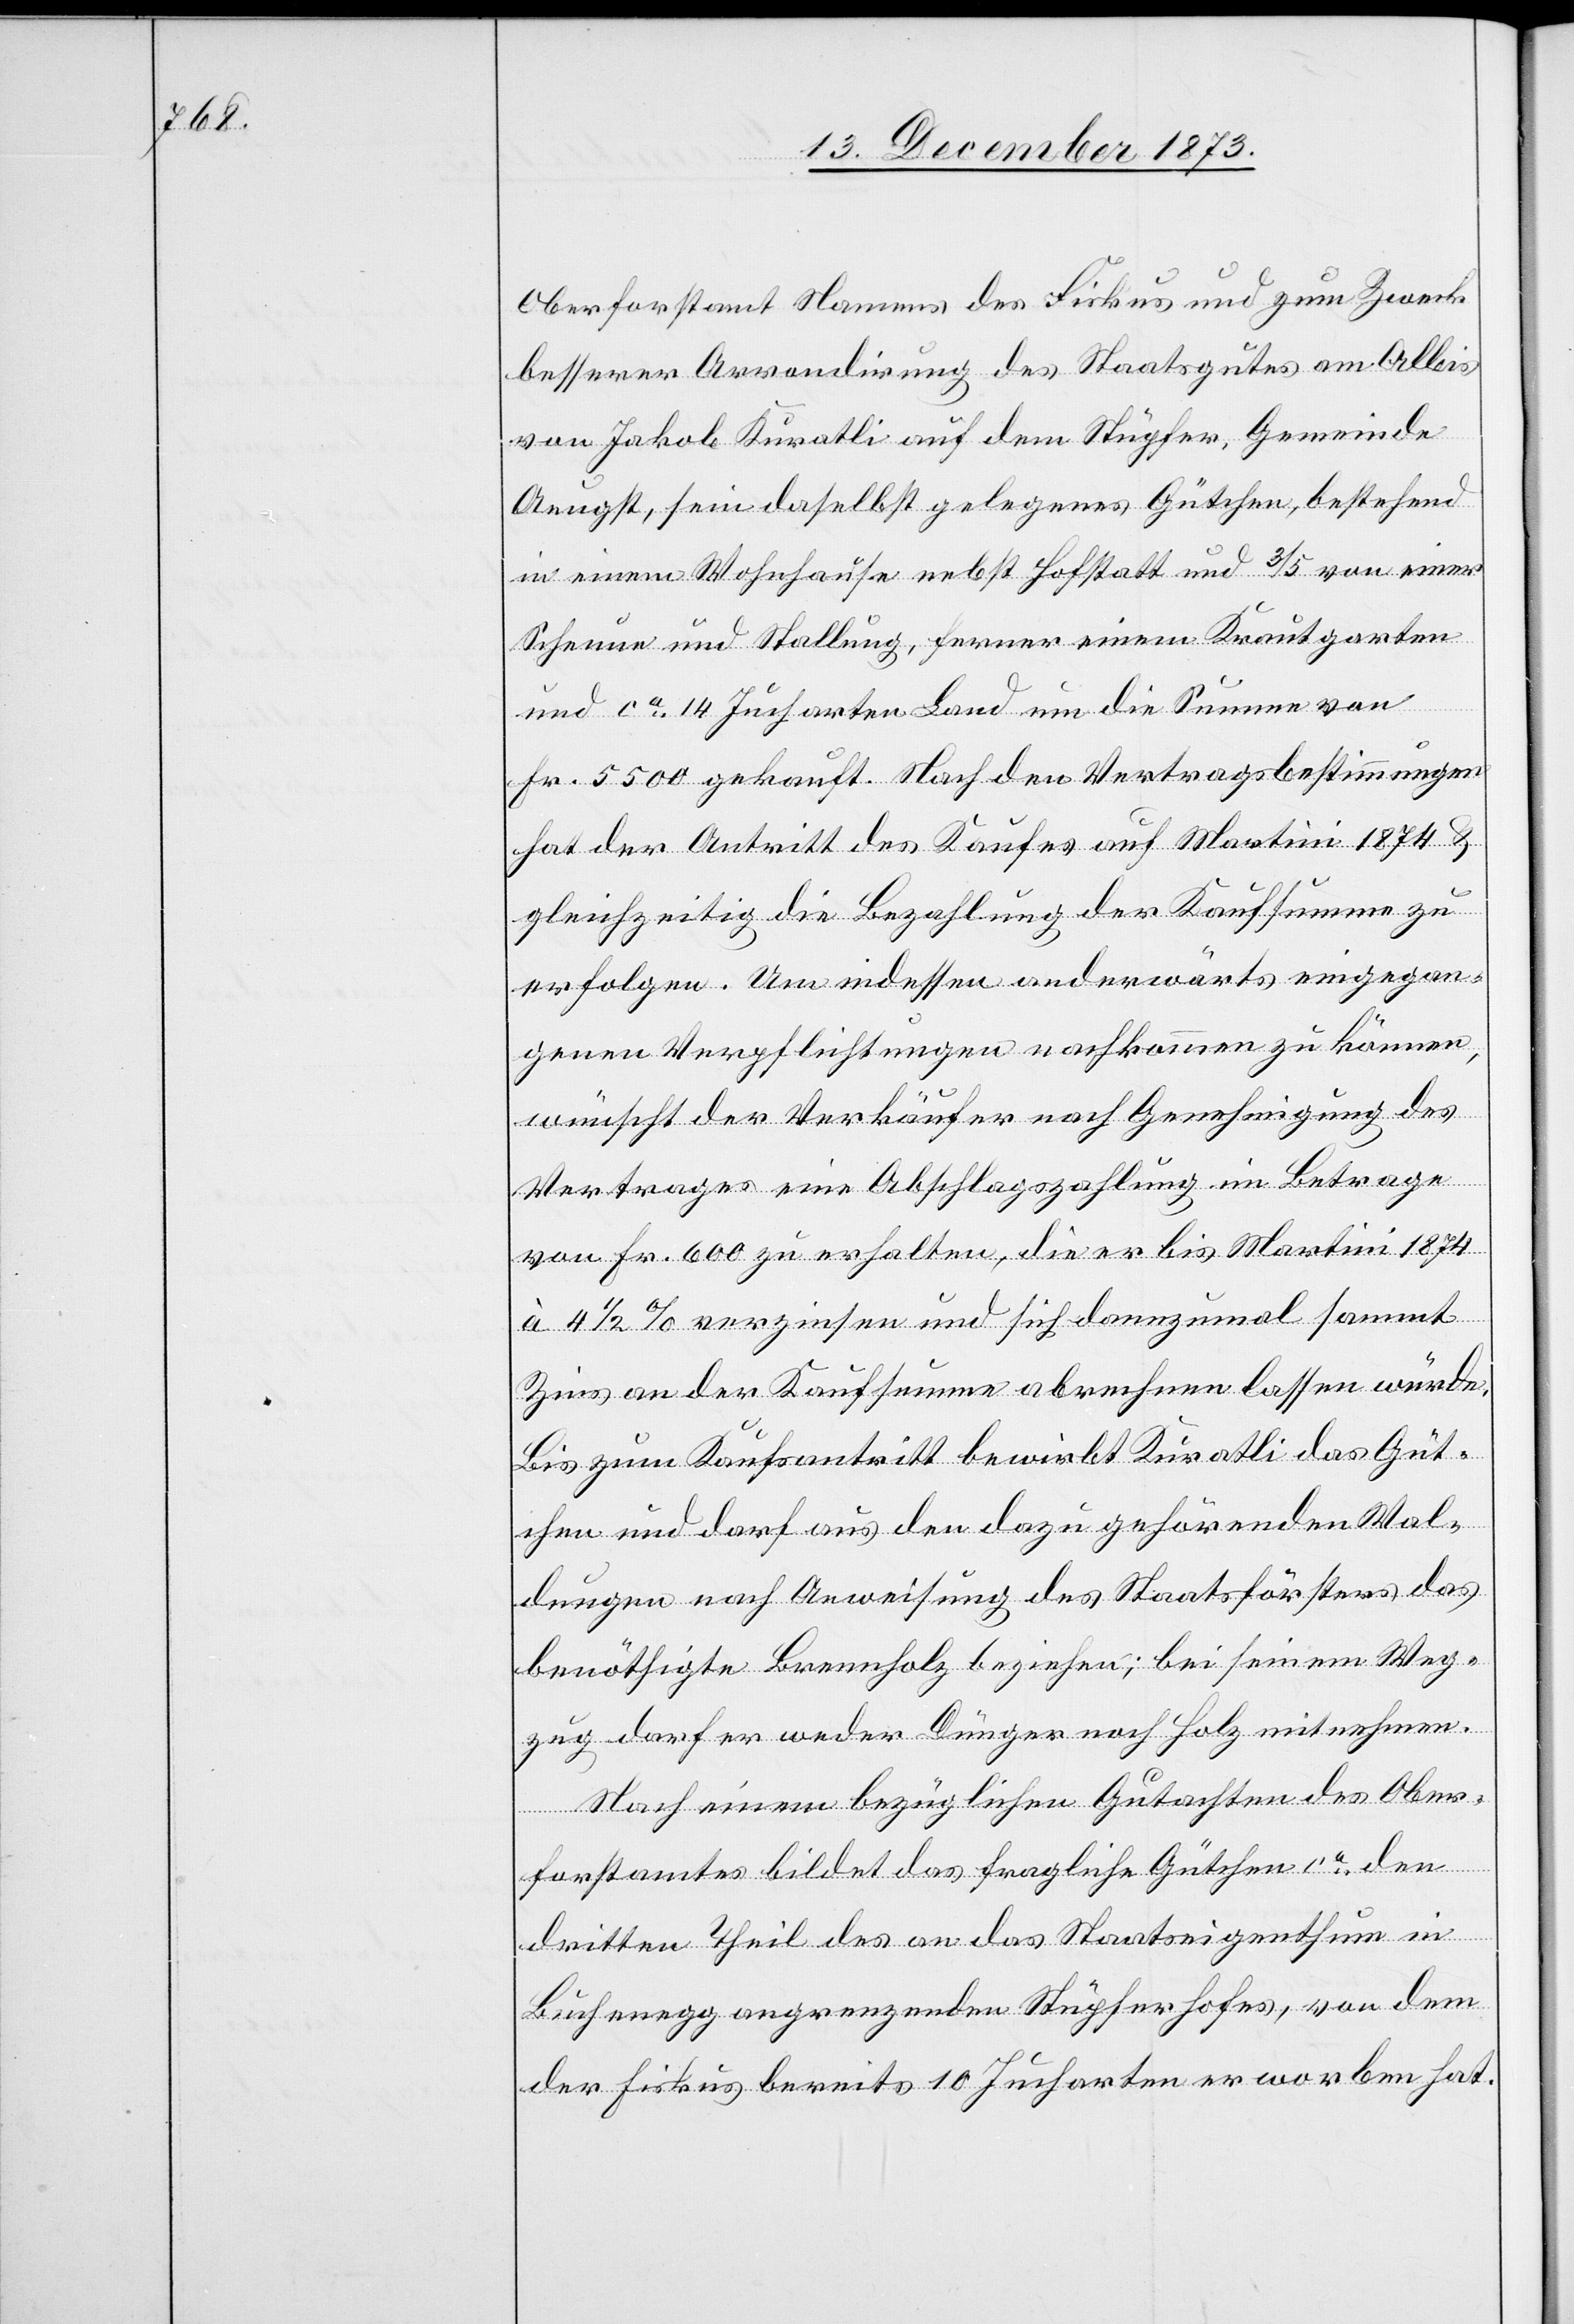
Oberforstamt Namens des Fiskus und zum Zweck
besserer Arrondirung des Staatsgutes am Albis
von Jakob Kuratli auf dem Stüpfer, Gemeinde
Aeugst, sein daselbst gelegenes Gütchen, bestehend
in einem Wohnhause nebst Hofstatt und 3/5 von einer
Scheune und Stallung, ferner einem Krautgarten
und ca 14 Jucharten Land um die Summe von
Fr. 5 500 gekauft. Nach den Vertragsbestimmungen
hat der Antritt des Kaufes auf Martini 1874 &
gleichzeitig die Bezahlung der Kaufsumme zu
erfolgen. Um indessen anderwärts eingegan¬
genen Verpflichtungen nachkommen zu können,
wünscht der Verkäufer nach Genehmigung des
Vertrages eine Abschlagszahlung im Betrage
von Fr. 600 zu erhalten, die er bis Martini 1874
à 4 1/2% verzinsen und sich dannzumal sammt
Zins an der Kaufsumme abrechnen lassen würde.
Bis zum Kaufsantritt bewirbt Kuratli das Güt¬
chen und darf aus den dazu gehörenden Wal¬
dungen nach Anweisung des Staatsförsters das
benöthigte Brennholz beziehen; bei seinem Weg¬
zug darf er weder Dünger noch Holz mitnehmen.
Nach einem bezüglichen Gutachten des Ober¬
forstamtes bildet das fragliche Gütchen ca den
dritten Theil des an das Staatseigenthum in
Buchenegg angrenzenden Stüpferhofes, von dem
der Fiskus bereits 10 Jucharten erworben hat.